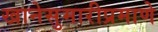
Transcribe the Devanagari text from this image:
खानेसुमारीप्रमाणे